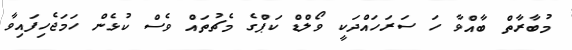
މުބާރާތް ބާއްވާ ހަ ސަރަހައްދަކީ ވޯލްޑް ކަޕްގެ މެޗުތައް ވެސް ކުޅެން ހަމަޖެހިފައިވާ